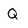
Character: Q